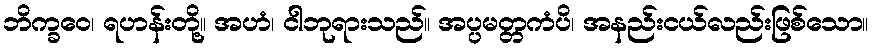
ဘိက္ခဝေ၊ ရဟန်းတို့။ အဟံ၊ ငါဘုရားသည်။ အပ္ပမတ္တကံပိ၊ အနည်းငယ်လည်းဖြစ်သော။